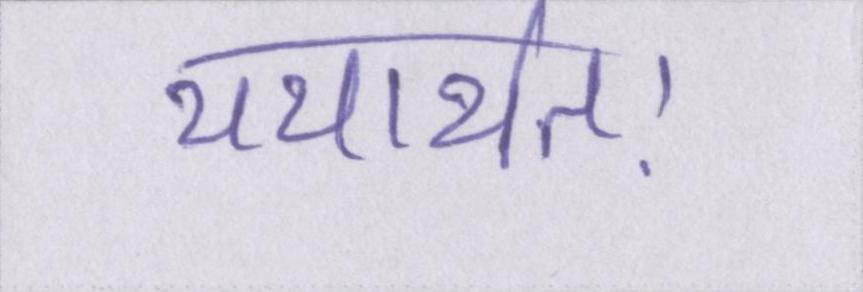
यथार्थतः